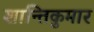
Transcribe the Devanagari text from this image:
शान्तिकुमार